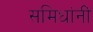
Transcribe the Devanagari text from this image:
समिधांनीं